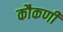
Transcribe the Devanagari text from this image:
कौकणी